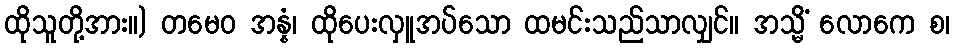
ထိုသူတို့အား။) တမေဝ အန္နံ၊ ထိုပေးလှူအပ်သော ထမင်းသည်သာလျှင်။ အသ္မိံ လောကေ စ၊